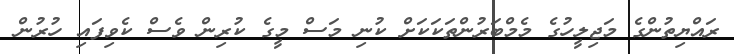
ރައްޔިތުންގެ މަޖިލީހުގެ މެމްބަރުންތަކަކަށް ކުނި މަސް މީގެ ކުރިން ވެސް ކެވިފައި ހުރުން